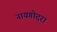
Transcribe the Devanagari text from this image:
नायगोदरा